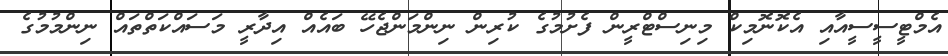
އެމްޓީސީސީއާއި އެކޮނޮމިކް މިނިސްޓްރީން ފެށުމުގެ ކުރިން ނިންމަންޖެހޭ ބައެއް އިދާރީ މަސައްކަތްތައް ނިންމުމުގެ